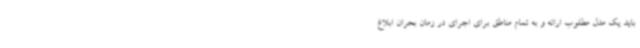
باید یک مدل مطلوب ارائه و به تمام مناطق برای اجرای در زمان بحران ابلاغ